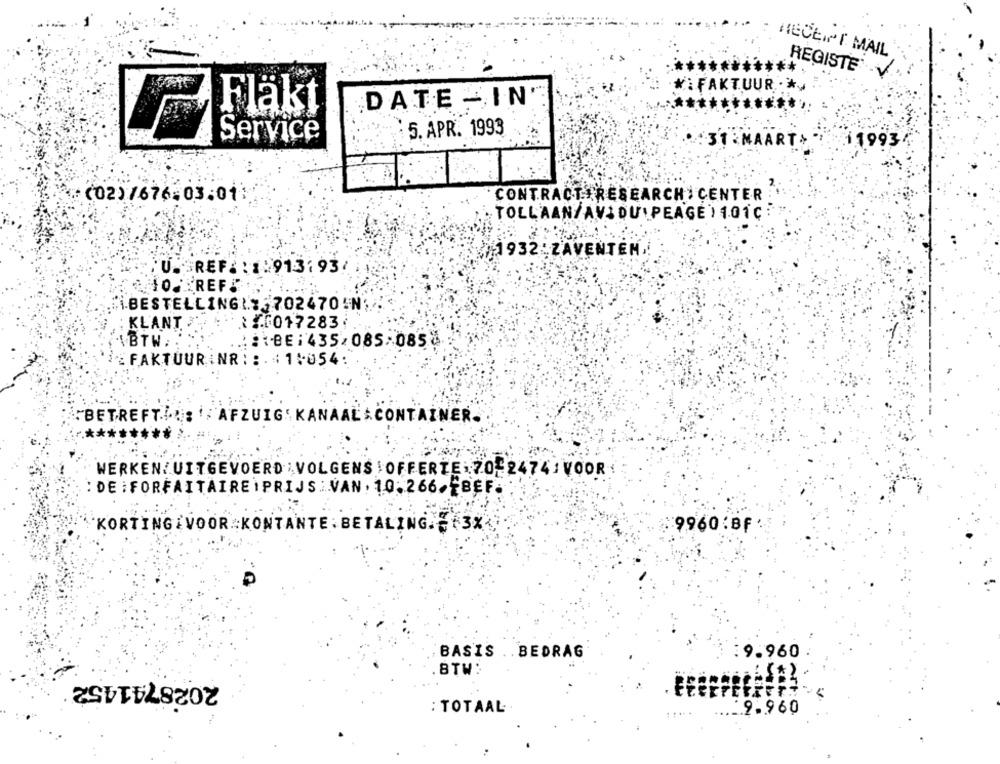
RECEIPT MAIL
REGISTE
K : FAKTUUR . *
Fläkt
DATE -IN'
5. APR. 1993
Service
31 MAART
11993
(02)7676:03:01:
CONTRACT RESEARCH CENTER
TOLLAAN/AV: DU PEAGE ) 101C
1932 ZAVENTEM .!
:U.SREF. : 1:913:93/
JO FREF
KLANT
X6017283
IBTW,
. : \BE : 435/085:085
FAKTUUR NR : : : 1:054
:BETREFT. : AFZUIG KANAAL CONTAINER.
WERKEN/UITGEVOERD VOLGENS OFFERTE.70-2474/VOOR
: DE ¡FORFAITAIREIPRIJS .VAN. 10.266.EBEF.
`KORTING VOOR KONTANTE : BETALING. E +3%
9960.BF
BASIS .. BEDRAG
9.960
BTW:
2028741452
: TOTAAL
9.960